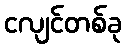
ငလျင်တစ်ခု